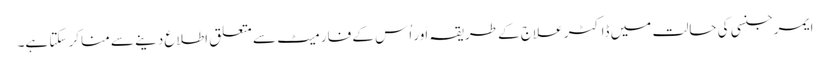
ایمرجنسی کی حالت میں ڈاکٹر علاج کے طریقہ اَور اُس کے فارمیٹ سے متعلق اطلاع دینے سے مناکر سکتا ہے۔